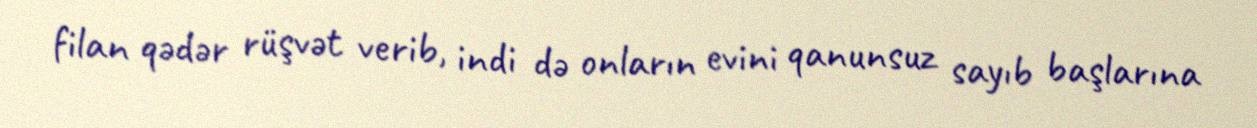
filan qədər rüşvət verib, indi də onların evini qanunsuz sayıb başlarına